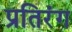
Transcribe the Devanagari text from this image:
प्रतिरंग